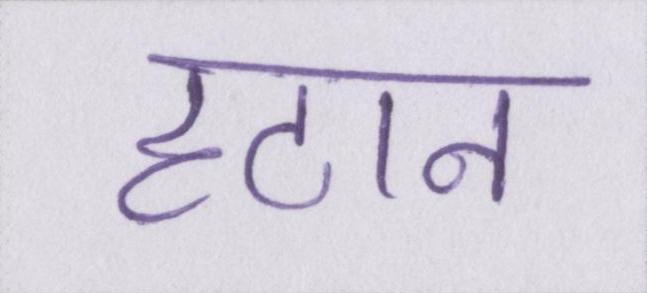
हटान